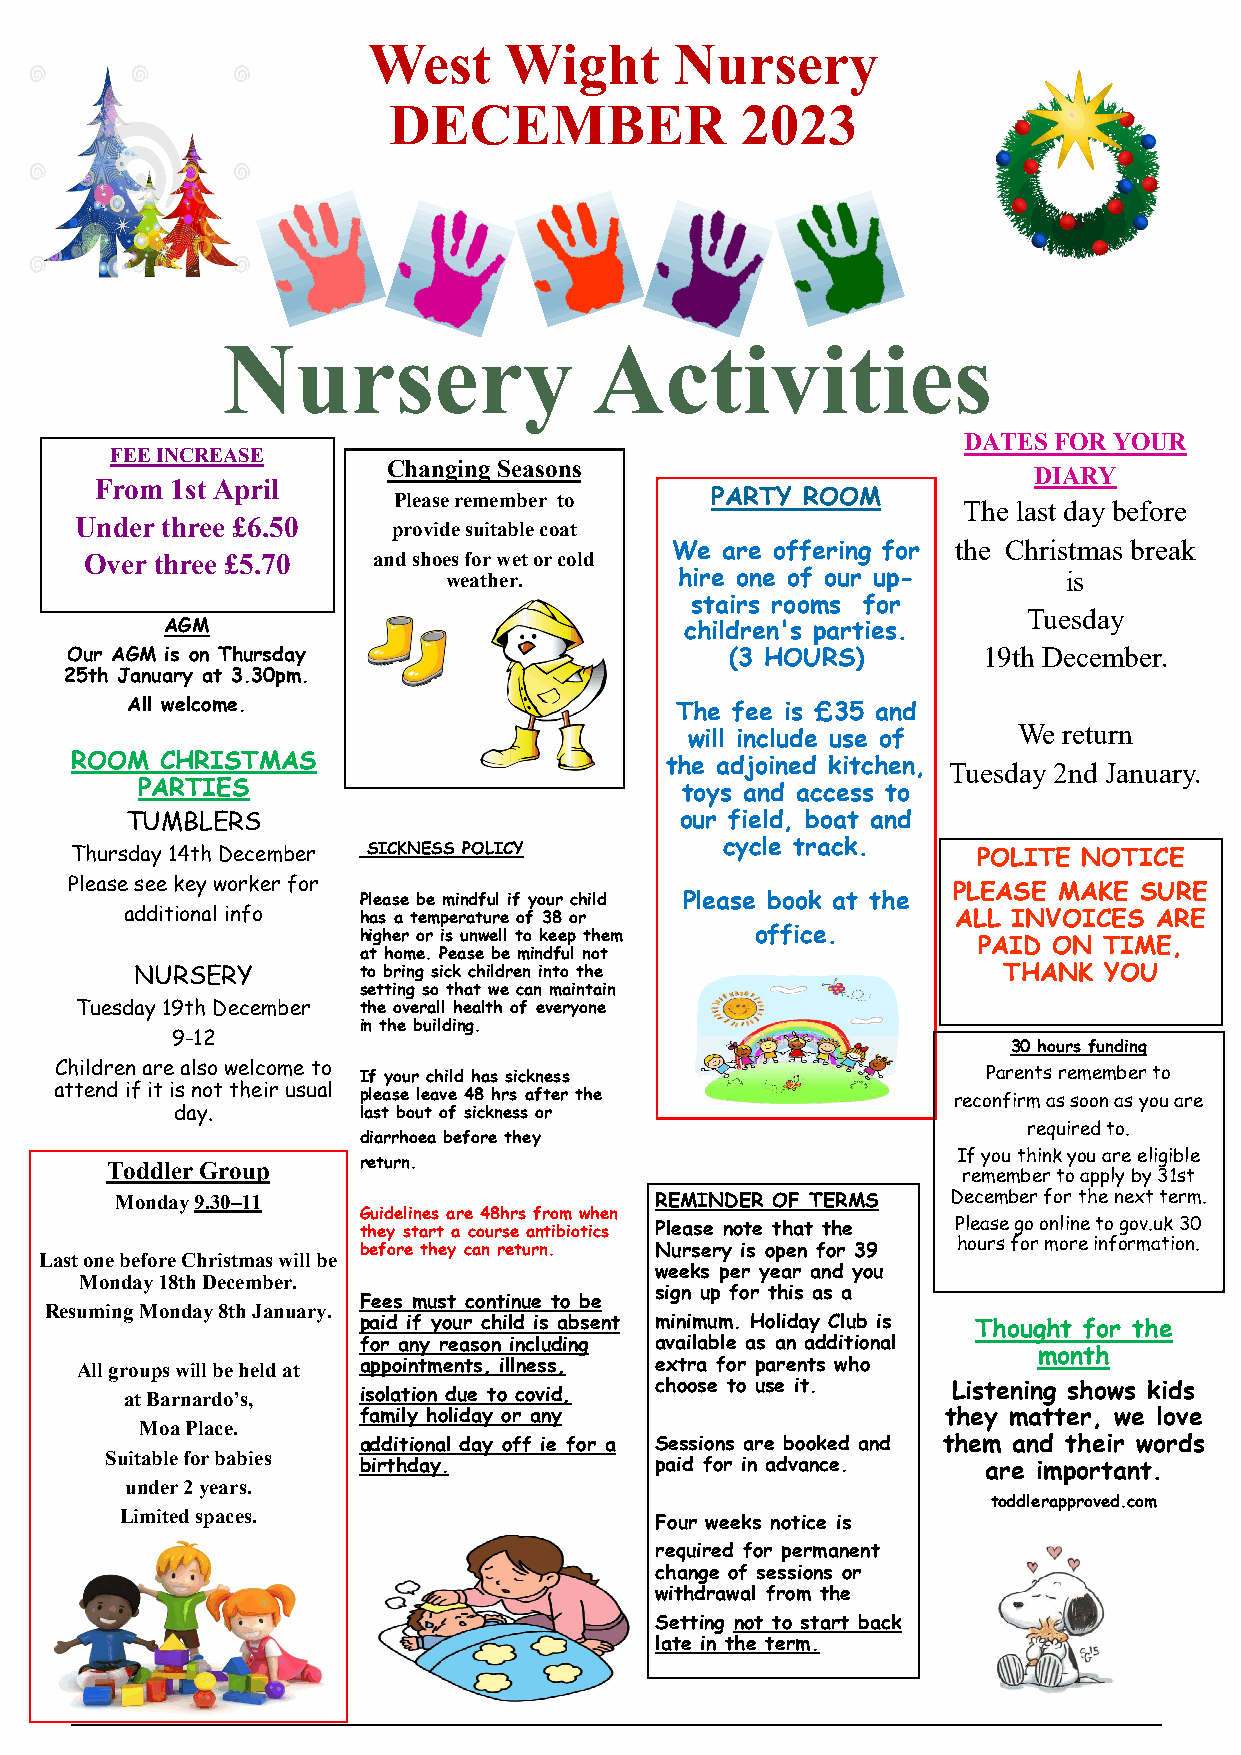
West     Wight       Nursery
 DECEMBER               2023
 Nursery                 Activities
 DATES FOR YOUR
 FEE INCREASE
 Changing Seasons                          DIARY
 From 1st April
 Please remember to   PARTY ROOM
 The last day before
 Under three £6.50
 provide suitable coat
 We  are offering for the Christmas break
 Over three £5.70   and shoes for wet or cold
 weather.       hire one of our up-       is
 stairs rooms for
 Tuesday
 AGM                               children's parties.
 Our AGM is on Thursday                      (3 HOURS)        19th December.
 25th January at 3.30pm.
 All welcome.                         The fee is £35 and
 We return
 will include use of
 ROOM  CHRISTMAS                        the adjoined kitchen, Tuesday 2nd January.
 PARTIES                             toys and access to
 TUMBLERS                             our field, boat and
 Thursday 14th December SICKNESS POLICY     cycle track.     POLITE NOTICE
 Please see key worker for                                 PLEASE MAKE SURE
 Please be mindful if your child Please book at the
 additional info has a temperature of 38 or             ALL INVOICES ARE
 higher or is unwell to keep them office.
 PAID ON TIME,
 at home. Pease be mindful not
 NURSERY        to bring sick children into the           THANK  YOU
 setting so that we can maintain
 Tuesday 19th December the overall health of everyone
 in the building.
 9-12
 30 hours funding
 Children are also welcome to If your child has sickness      Parents remember to
 attend if it is not their usual please leave 48 hrs after the reconfirm as soon as you are
 day.        last bout of sickness or
 required to.
 diarrhoea before they
 If you think you are eligible
 Toddler Group    return.
 remember to apply by 31st
 Monday 9.30–11                     REMINDER OF TERMS   December for the next term.
 Guidelines are 48hrs from when
 they start a course antibiotics Please note that the Please go online to gov.uk 30
 before they can return. Nursery is open for 39 hours for more information.
 Last one before Christmas will be
 Monday 18th December.
 weeks per year and you
 sign up for this as a
 Fees must continue to be
 Resuming Monday 8th January.
 paid if your child is absent minimum. Holiday Club is Thought for the
 for any reason including available as an additional
 month
 All groups will be held at appointments, illness, extra for parents who
 choose to use it.   Listening shows kids
 at Barnardo’s,  isolation due to covid,
 family holiday or any                  they matter, we love
 Moa Place.
 additional day off ie for a Sessions are booked and them and their words
 Suitable for babies
 birthday.          paid for in advance.  are important.
 under 2 years.
 toddlerapproved.com
 Limited spaces.
 Four weeks notice is
 required for permanent
 change of sessions or
 withdrawal from the
 Setting not to start back
 late in the term.